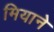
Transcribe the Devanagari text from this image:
मियाने